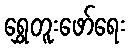
ရွှေတူးဖော်ရေး